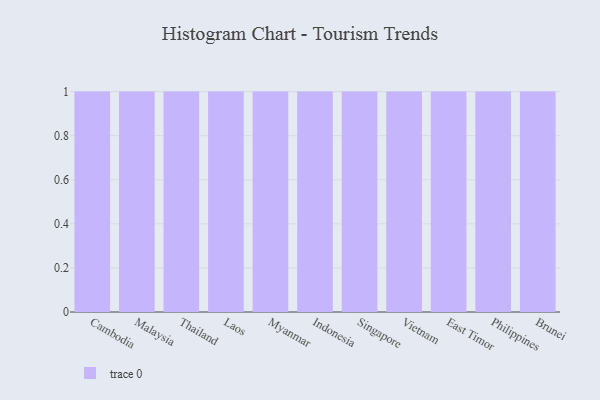
{"axis": {"x": "Country", "y": "Inventory Turnover"}, "legend": [""], "data": [{"x": "Cambodia", "y": 76, "type": ""}, {"x": "Malaysia", "y": 59, "type": ""}, {"x": "Thailand", "y": 10, "type": ""}, {"x": "Laos", "y": 41, "type": ""}, {"x": "Myanmar", "y": 38, "type": ""}, {"x": "Indonesia", "y": 97, "type": ""}, {"x": "Singapore", "y": 16, "type": ""}, {"x": "Vietnam", "y": 33, "type": ""}, {"x": "East Timor", "y": 59, "type": ""}, {"x": "Philippines", "y": 98, "type": ""}, {"x": "Brunei", "y": 71, "type": ""}]}